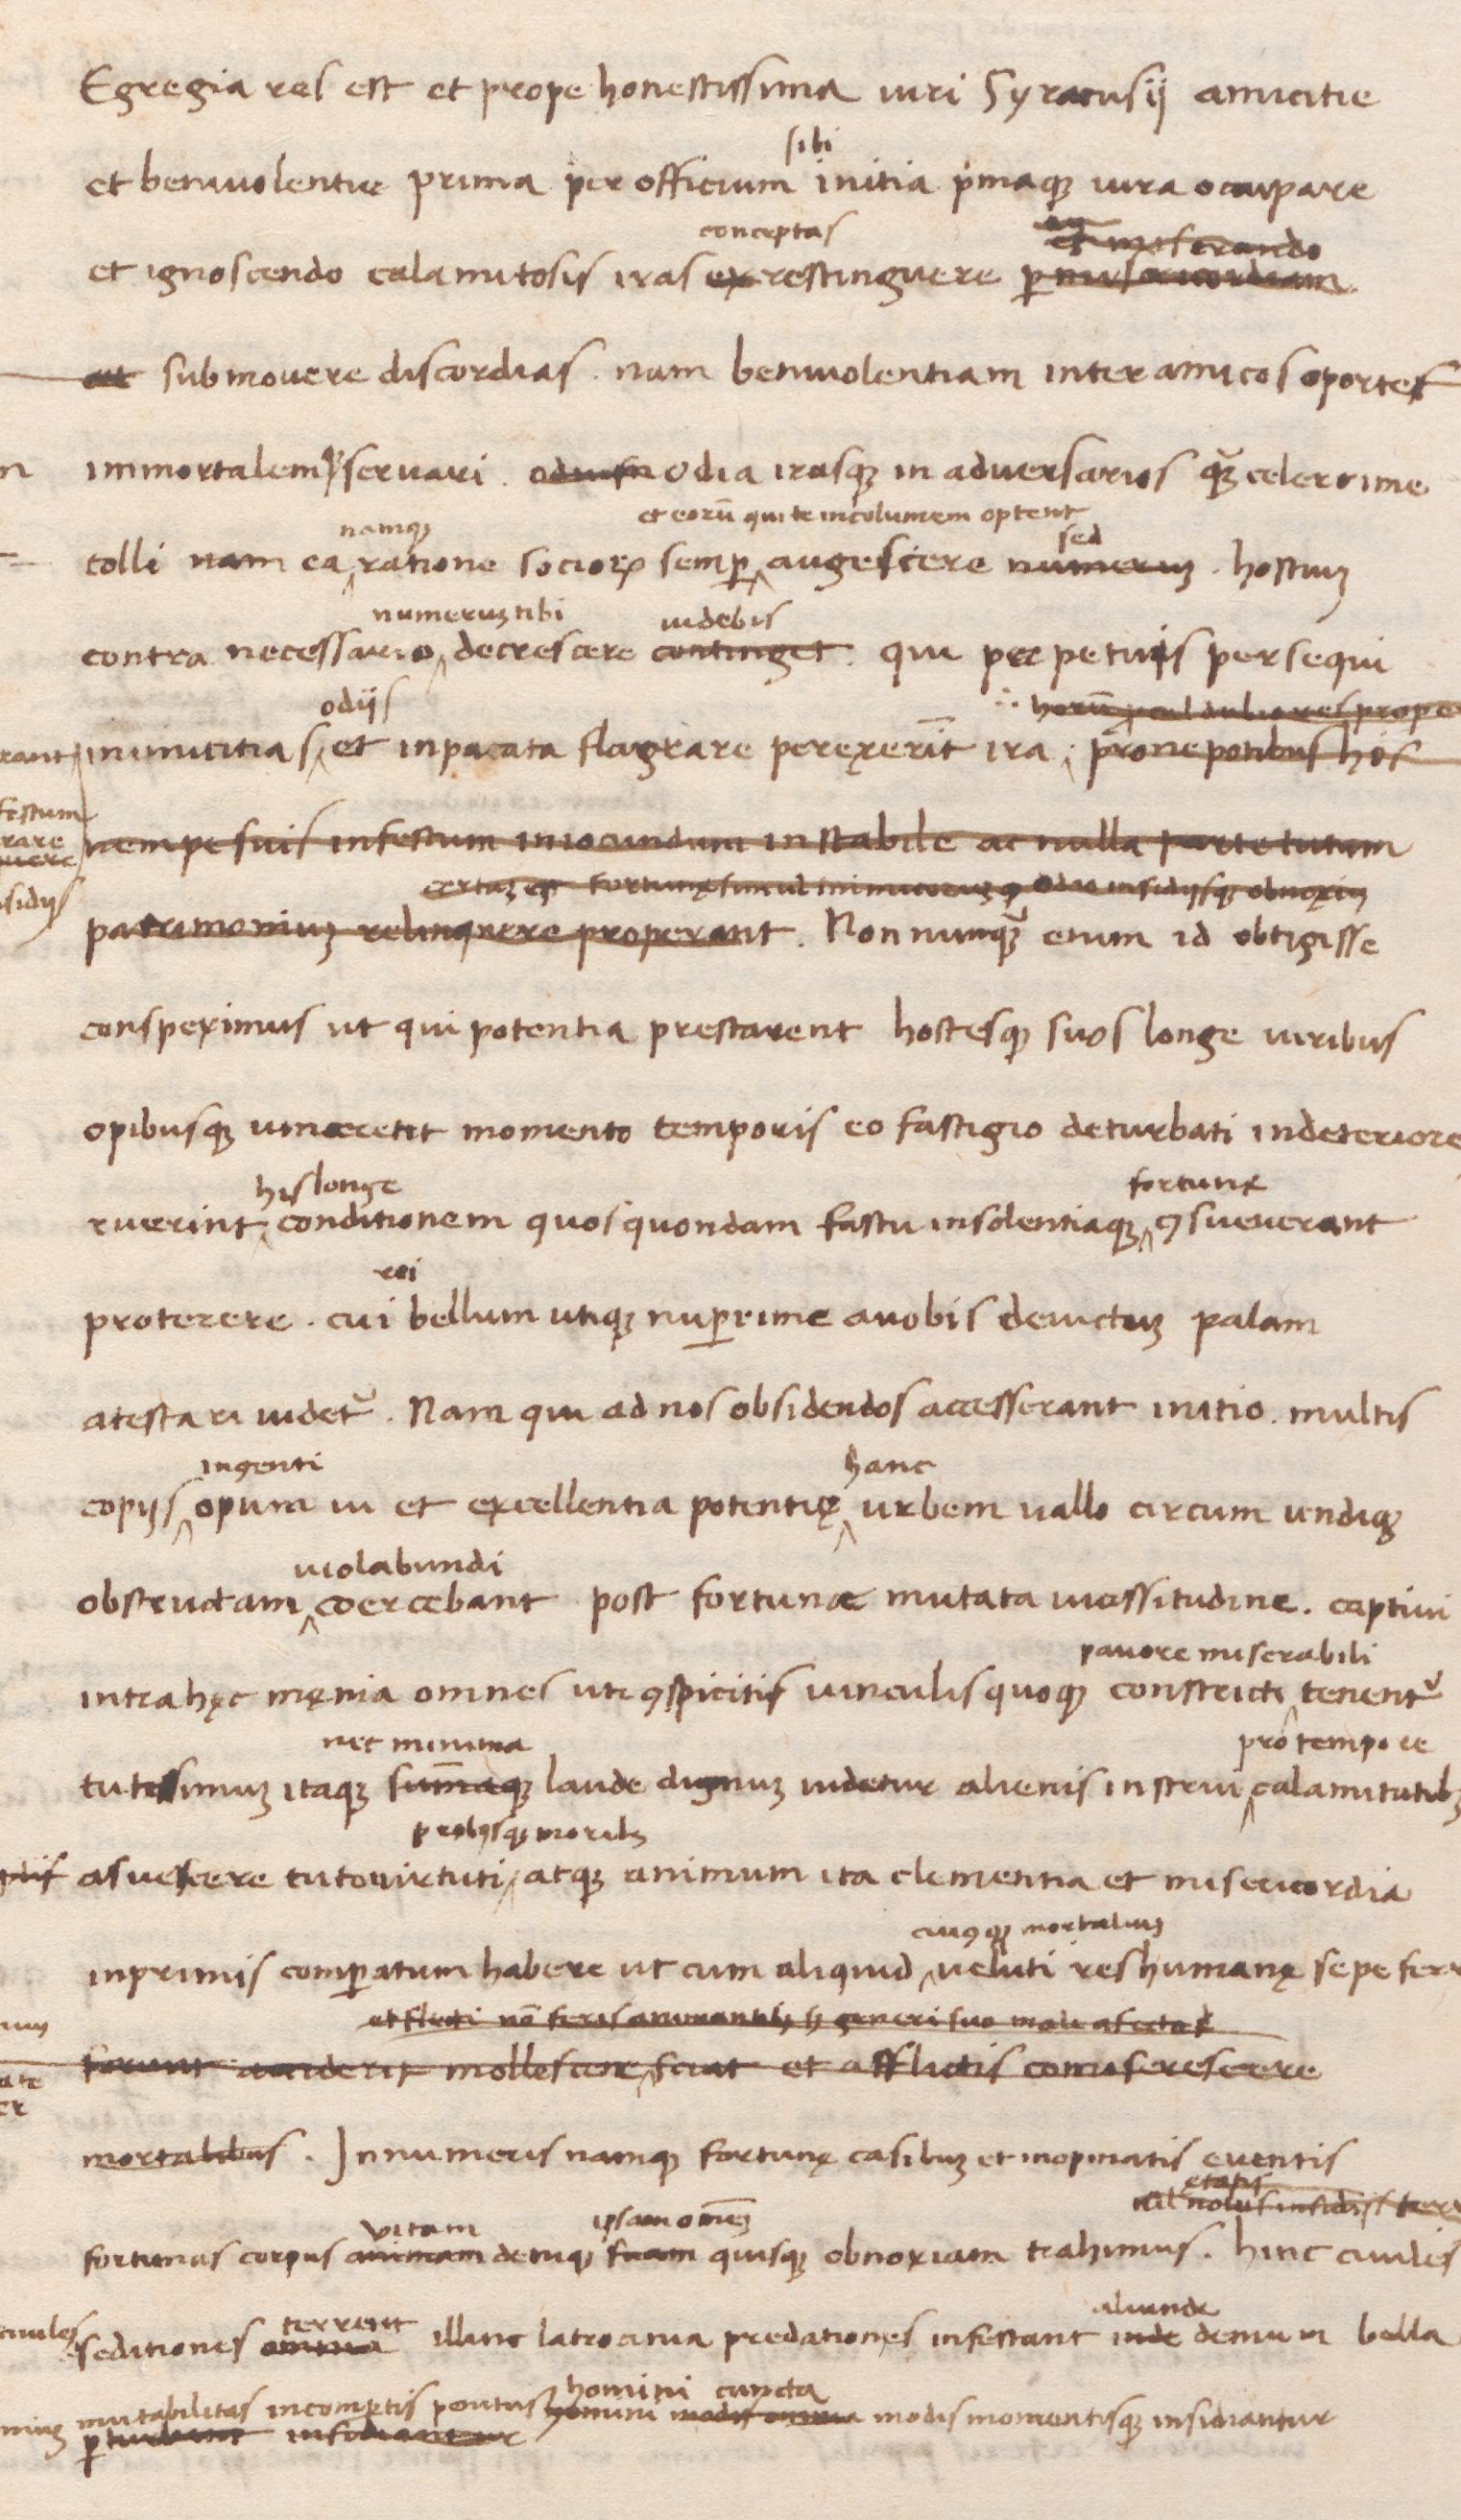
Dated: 1438–1468